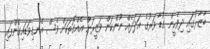
ބާޒާރުގައި ދިވެހީން ގުޑާ ވަރުގެ އަދަދެއް ނޫންކަން ވަޒީރަށް އެއްގޮތަކަށް ވެސް އެނގިވަޑައިގެންފައި